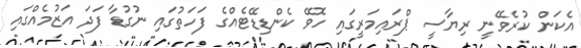
އެކަން ކުރެވޭނީ ރިޔާސީ ޕްރައިމަރީގައި ހޮވޭ ކެންޑިޑޭޓެއްގެ ފަހަތުގައި ނުގުޑާ ފަދަ އަޒުމެއްގައި